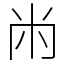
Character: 㡀